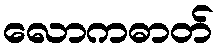
လောကဓာတ်